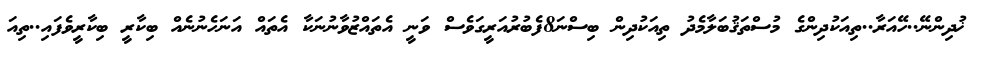
ޚުދިންނޭ..ހޭއަރާ..ތިއަކުދިންގެ މުސްތަޤުބަލާމެދު ތިއަކުދިން ބިސްނަ8ފެބުރުއަރީގަވެސް ވަނީ އެތައްޒުވާނުނަކާ އެތައް އަނަހެނުނެއް ބިކާރީ ބިކާރީވެފައި..ތިއަ